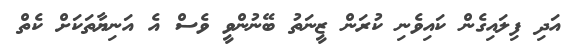
އަދި ފިލައިގެން ކައިވެނި ކުރަން ޒީނަތު ބޭނުންވީ ވެސް އެ އަނިޔާތަކަށް ކެތް